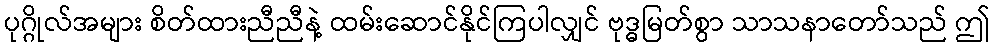
ပုဂ္ဂိုလ်အများ စိတ်ထားညီညီနဲ့ ထမ်းဆောင်နိုင်ကြပါလျှင် ဗုဒ္ဓမြတ်စွာ သာသနာတော်သည် ဤ